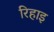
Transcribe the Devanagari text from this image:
रिहाइ